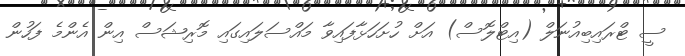
ސީ ޓްރައިބިއުނަލް (އިޓްލޮސް) އަށް ހުށަހަޅާފައިވާ މައްސަލައިގައި މޮރިޝަސް އިން އެންމެ ފަހުން